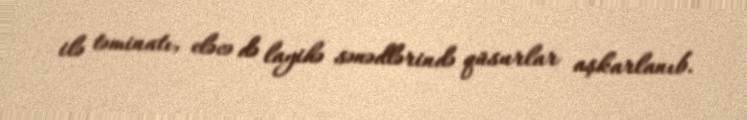
ilə təminatı, eləcə də layihə sənədlərində qüsurlar aşkarlanıb.